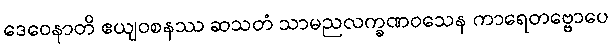
ဒေဝေနာတိ ဧယျဝစနဿ ဆသတံ သာမညလက္ခဏဝသေန ကာရေတဗ္ဗောပေ